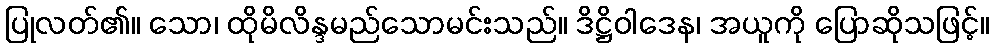
ပြုလတ်၏။ သော၊ ထိုမိလိန္ဒမည်သောမင်းသည်။ ဒိဋ္ဌိဝါဒေန၊ အယူကို ပြောဆိုသဖြင့်။